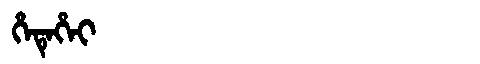
Manchu: ᡥᡝᡨᡝᡥᡝᡳ
Romanization: HETEHEI